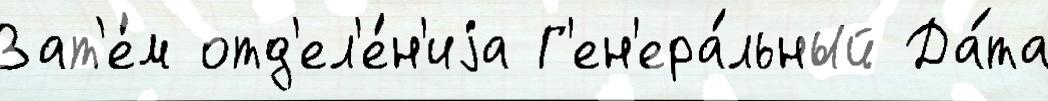
Зат'е́м отд'ел'е́н'иjа Г'ен'ера́льный Да́та